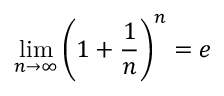
\operatorname* { l i m } _ { n \to \infty } \left( 1 + { \frac { 1 } { n } } \right) ^ { n } = e